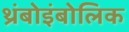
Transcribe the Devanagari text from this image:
थ्रंबोइंबोलिक